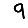
Digit: 9